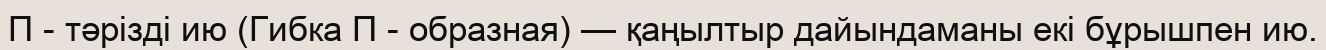
П - тәрізді ию (Гибка П - образная) — қаңылтыр дайындаманы екі бұрышпен ию.